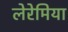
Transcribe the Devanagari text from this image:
लेरेमिया